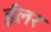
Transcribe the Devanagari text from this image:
ईलर